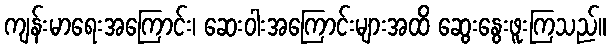
ကျန်းမာရေးအကြောင်း၊ ဆေးဝါးအကြောင်းများအထိ ဆွေးနွေးဖူးကြသည်။